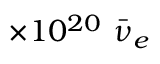
\times 1 0 ^ { 2 0 } ~ \Bar { \nu } _ { e }